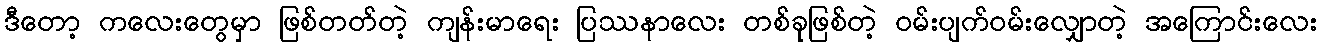
ဒီတော့ ကလေးတွေမှာ ဖြစ်တတ်တဲ့ ကျန်းမာရေး ပြဿနာလေး တစ်ခုဖြစ်တဲ့ ဝမ်းပျက်ဝမ်းလျှောတဲ့ အကြောင်းလေး